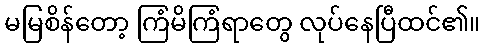
မမြစိန်တော့ ကြံမိကြံရာတွေ လုပ်နေပြီထင်၏။